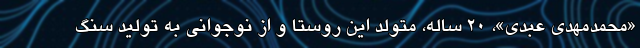
«محمدمهدی عبدی»، ۲۰ ساله، متولد این روستا و از نوجوانی به تولید سنگ